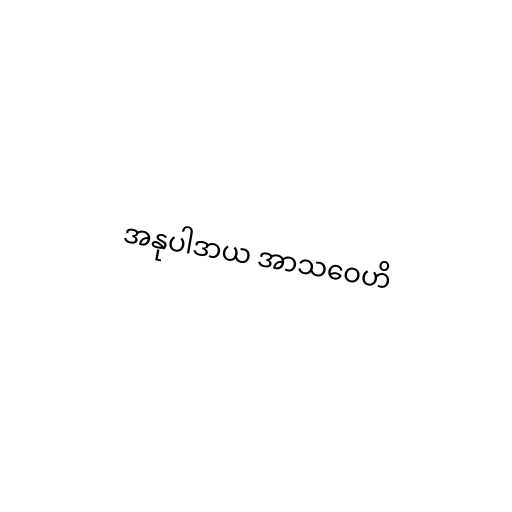
အနုပါဒာယ အာသဝေဟိ